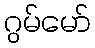
ဂွမ်မော်